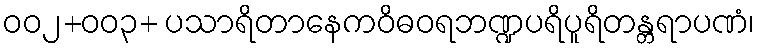
၀၀၂+၀၀၃+ ပသာရိတာနေကဝိဓဝရဘဏ္ဍပရိပူရိတန္တရာပဏံ၊